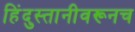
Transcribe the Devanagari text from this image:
हिंदुस्तानीवरूनच